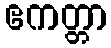
ဧကတ္တာ